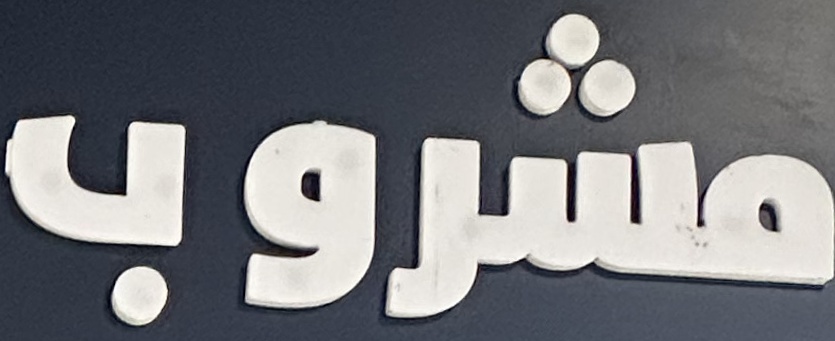
مشروب